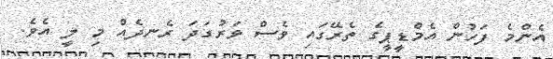
އެންމެ ފަހުން އެމްޑީޕީގެ ތެރޭގައި ވެސް ވަރުގަދަ ރެނދެއް މި ލީ އެވެ.